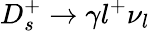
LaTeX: D_{s}^{+}\to\gamma l^{+}\nu_{l}